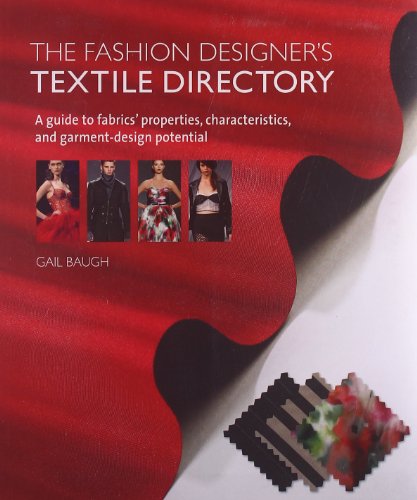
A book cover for The Fashion Designer's Textile Directory: A Guide to Fabrics' Properties, Characteristics, and Garment-Design Potential; Gail Baugh; Arts & Photography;